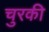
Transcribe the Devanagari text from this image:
चुरकी